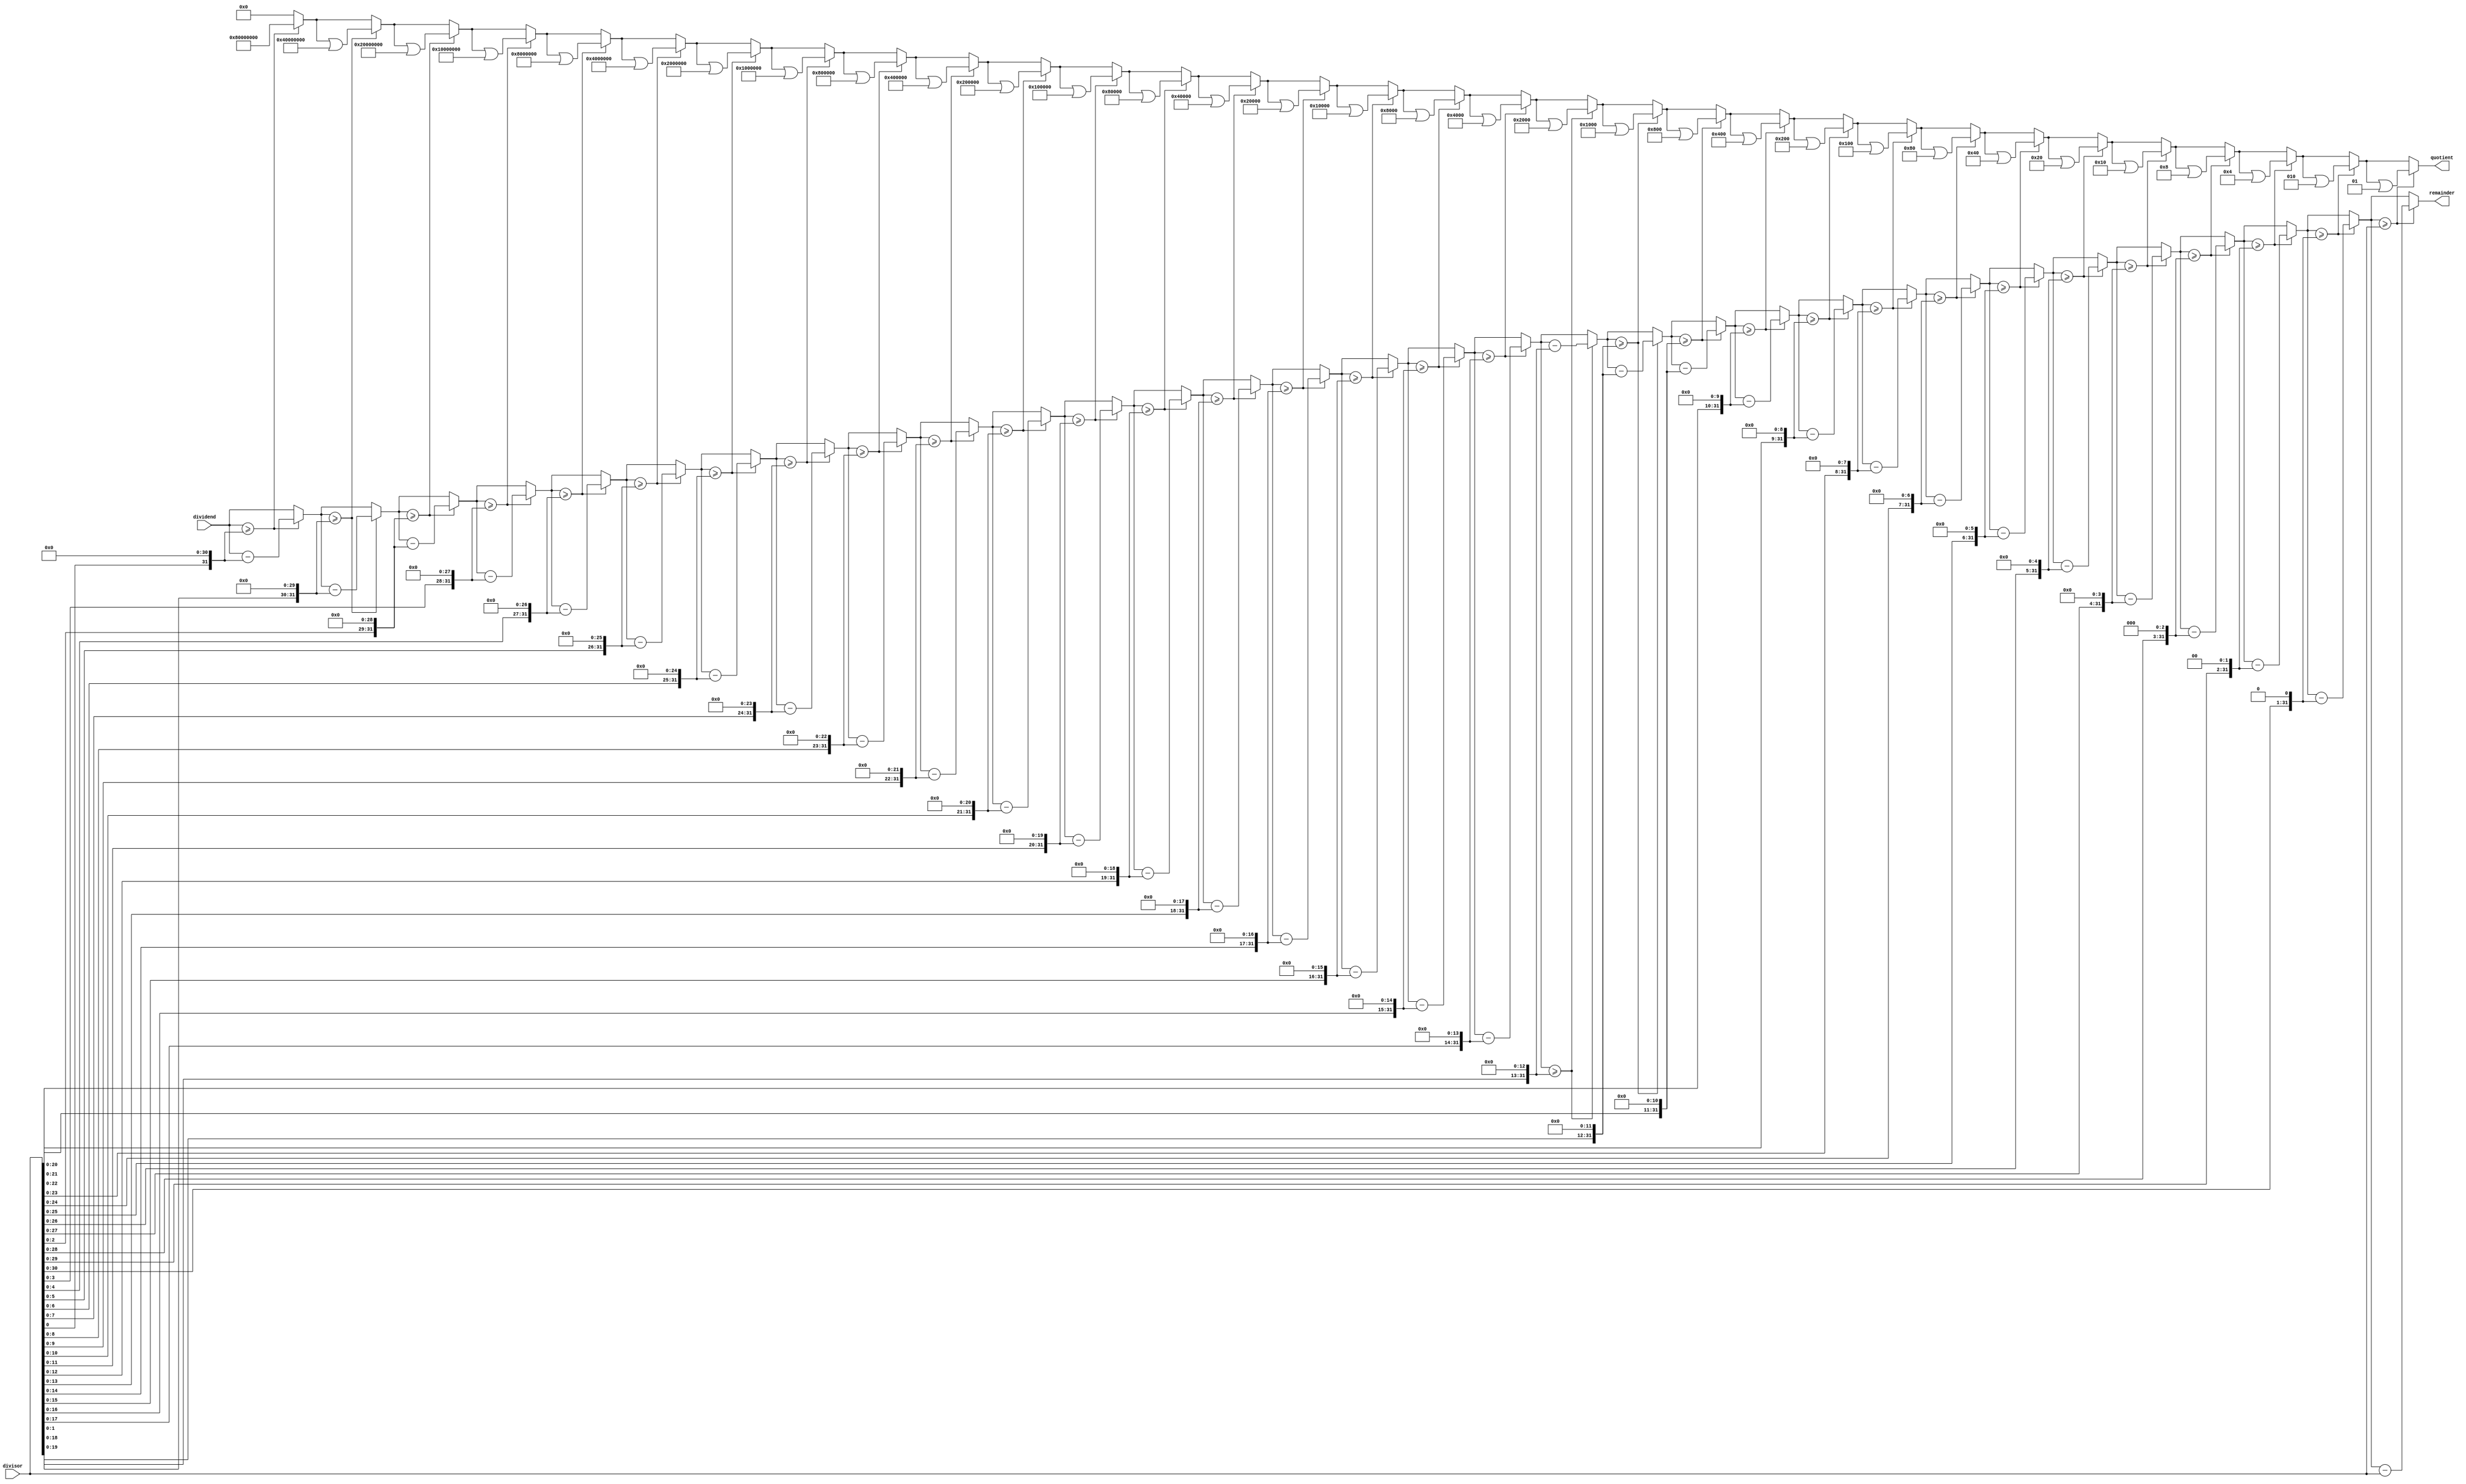
module Radix2SRTDivider(
  input wire signed [31:0] dividend, // 32-bit signed dividend
  input wire signed [31:0] divisor, // 32-bit signed divisor
  output reg signed [31:0] quotient, // 32-bit signed quotient
  output reg signed [31:0] remainder // 32-bit signed remainder
);

reg signed [31:0] curr_remainder;
reg [7:0] shift_count;

always @(*) begin
  curr_remainder = dividend;
  shift_count = 0;
  
  // Initialize the quotient
  quotient = 0;

  // Perform division using SRT algorithm
  for (shift_count = 0; shift_count < 32; shift_count = shift_count + 1) begin
    if (curr_remainder >= divisor << (31 - shift_count)) begin
      curr_remainder = curr_remainder - (divisor << (31 - shift_count));
      quotient = quotient | (1 << (31 - shift_count));
    end
  end

  // Set remainder
  remainder = curr_remainder;
end

endmodule